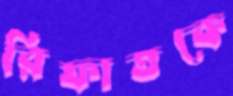
রিফাতকে